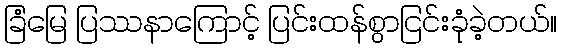
ခြံမြေ ပြဿနာကြောင့် ပြင်းထန်စွာငြင်းခုံခဲ့တယ်။